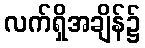
လက်ရှိအချိန်၌